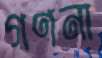
গণনা